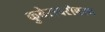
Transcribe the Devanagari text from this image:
कुबेराबरोबरच